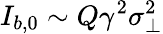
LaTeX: I_{b,0}\sim Q\gamma^{2}\sigma_{\perp}^{2}